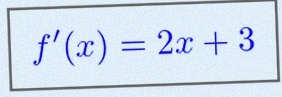
f'(x)=2x+3